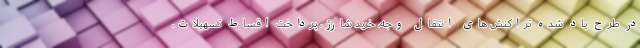
در طرح یاد شده تراکنش های انتقال وجه، خرید شارژ، پرداخت اقساط تسهیلات،